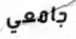
جامعي